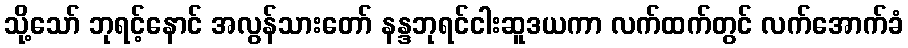
သို့သော် ဘုရင့်နောင် အလွန်သားတော် နန္ဒဘုရင်ငါးဆူဒယကာ လက်ထက်တွင် လက်အောက်ခံ